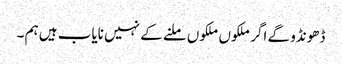
ڈھونڈو گے اگر ملکوں ملکوں ملنے کے نہیں نایاب ہیں ہم ۔